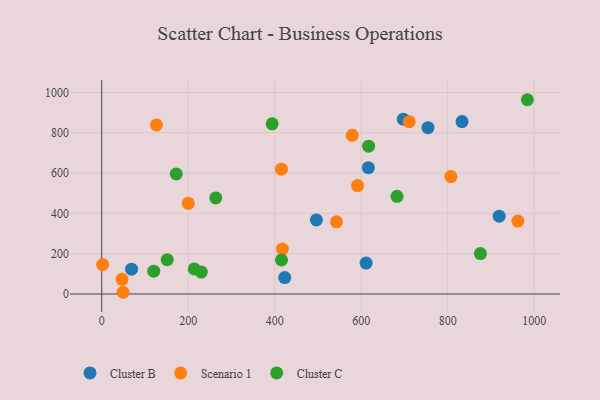
{"axis": {"x": "Engine Size", "y": "Fuel Efficiency"}, "legend": ["Cluster B", "Cluster C", "Scenario 1"], "data": [{"x": "754.4", "y": 825.3, "type": "Cluster B"}, {"x": "611.4", "y": 153.5, "type": "Cluster B"}, {"x": "496.4", "y": 367.3, "type": "Cluster B"}, {"x": "919.1", "y": 386.0, "type": "Cluster B"}, {"x": "69.0", "y": 123.1, "type": "Cluster B"}, {"x": "423.2", "y": 81.4, "type": "Cluster B"}, {"x": "616.6", "y": 626.8, "type": "Cluster B"}, {"x": "697.4", "y": 867.7, "type": "Cluster B"}, {"x": "833.2", "y": 855.5, "type": "Cluster B"}, {"x": "126.5", "y": 838.5, "type": "Scenario 1"}, {"x": "807.5", "y": 582.4, "type": "Scenario 1"}, {"x": "591.5", "y": 538.1, "type": "Scenario 1"}, {"x": "200.1", "y": 449.7, "type": "Scenario 1"}, {"x": "49.4", "y": 8.5, "type": "Scenario 1"}, {"x": "542.9", "y": 358.1, "type": "Scenario 1"}, {"x": "417.8", "y": 222.7, "type": "Scenario 1"}, {"x": "2.1", "y": 146.0, "type": "Scenario 1"}, {"x": "962.4", "y": 362.0, "type": "Scenario 1"}, {"x": "47.0", "y": 72.8, "type": "Scenario 1"}, {"x": "579.2", "y": 787.1, "type": "Scenario 1"}, {"x": "711.0", "y": 855.3, "type": "Scenario 1"}, {"x": "415.5", "y": 619.6, "type": "Scenario 1"}, {"x": "230.4", "y": 108.7, "type": "Cluster C"}, {"x": "617.2", "y": 733.5, "type": "Cluster C"}, {"x": "875.7", "y": 200.4, "type": "Cluster C"}, {"x": "214.0", "y": 124.6, "type": "Cluster C"}, {"x": "172.3", "y": 596.0, "type": "Cluster C"}, {"x": "120.3", "y": 113.3, "type": "Cluster C"}, {"x": "682.9", "y": 484.4, "type": "Cluster C"}, {"x": "394.1", "y": 844.4, "type": "Cluster C"}, {"x": "415.7", "y": 168.8, "type": "Cluster C"}, {"x": "984.3", "y": 964.0, "type": "Cluster C"}, {"x": "263.7", "y": 476.9, "type": "Cluster C"}, {"x": "151.4", "y": 170.2, "type": "Cluster C"}]}